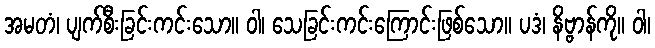
အမတံ၊ ပျက်စီးခြင်းကင်းသော။ ဝါ၊ သေခြင်းကင်းကြောင်းဖြစ်သော။ ပဒံ၊ နိဗ္ဗာန်ကို။ ဝါ၊